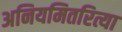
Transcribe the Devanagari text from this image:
अनियमितरित्या